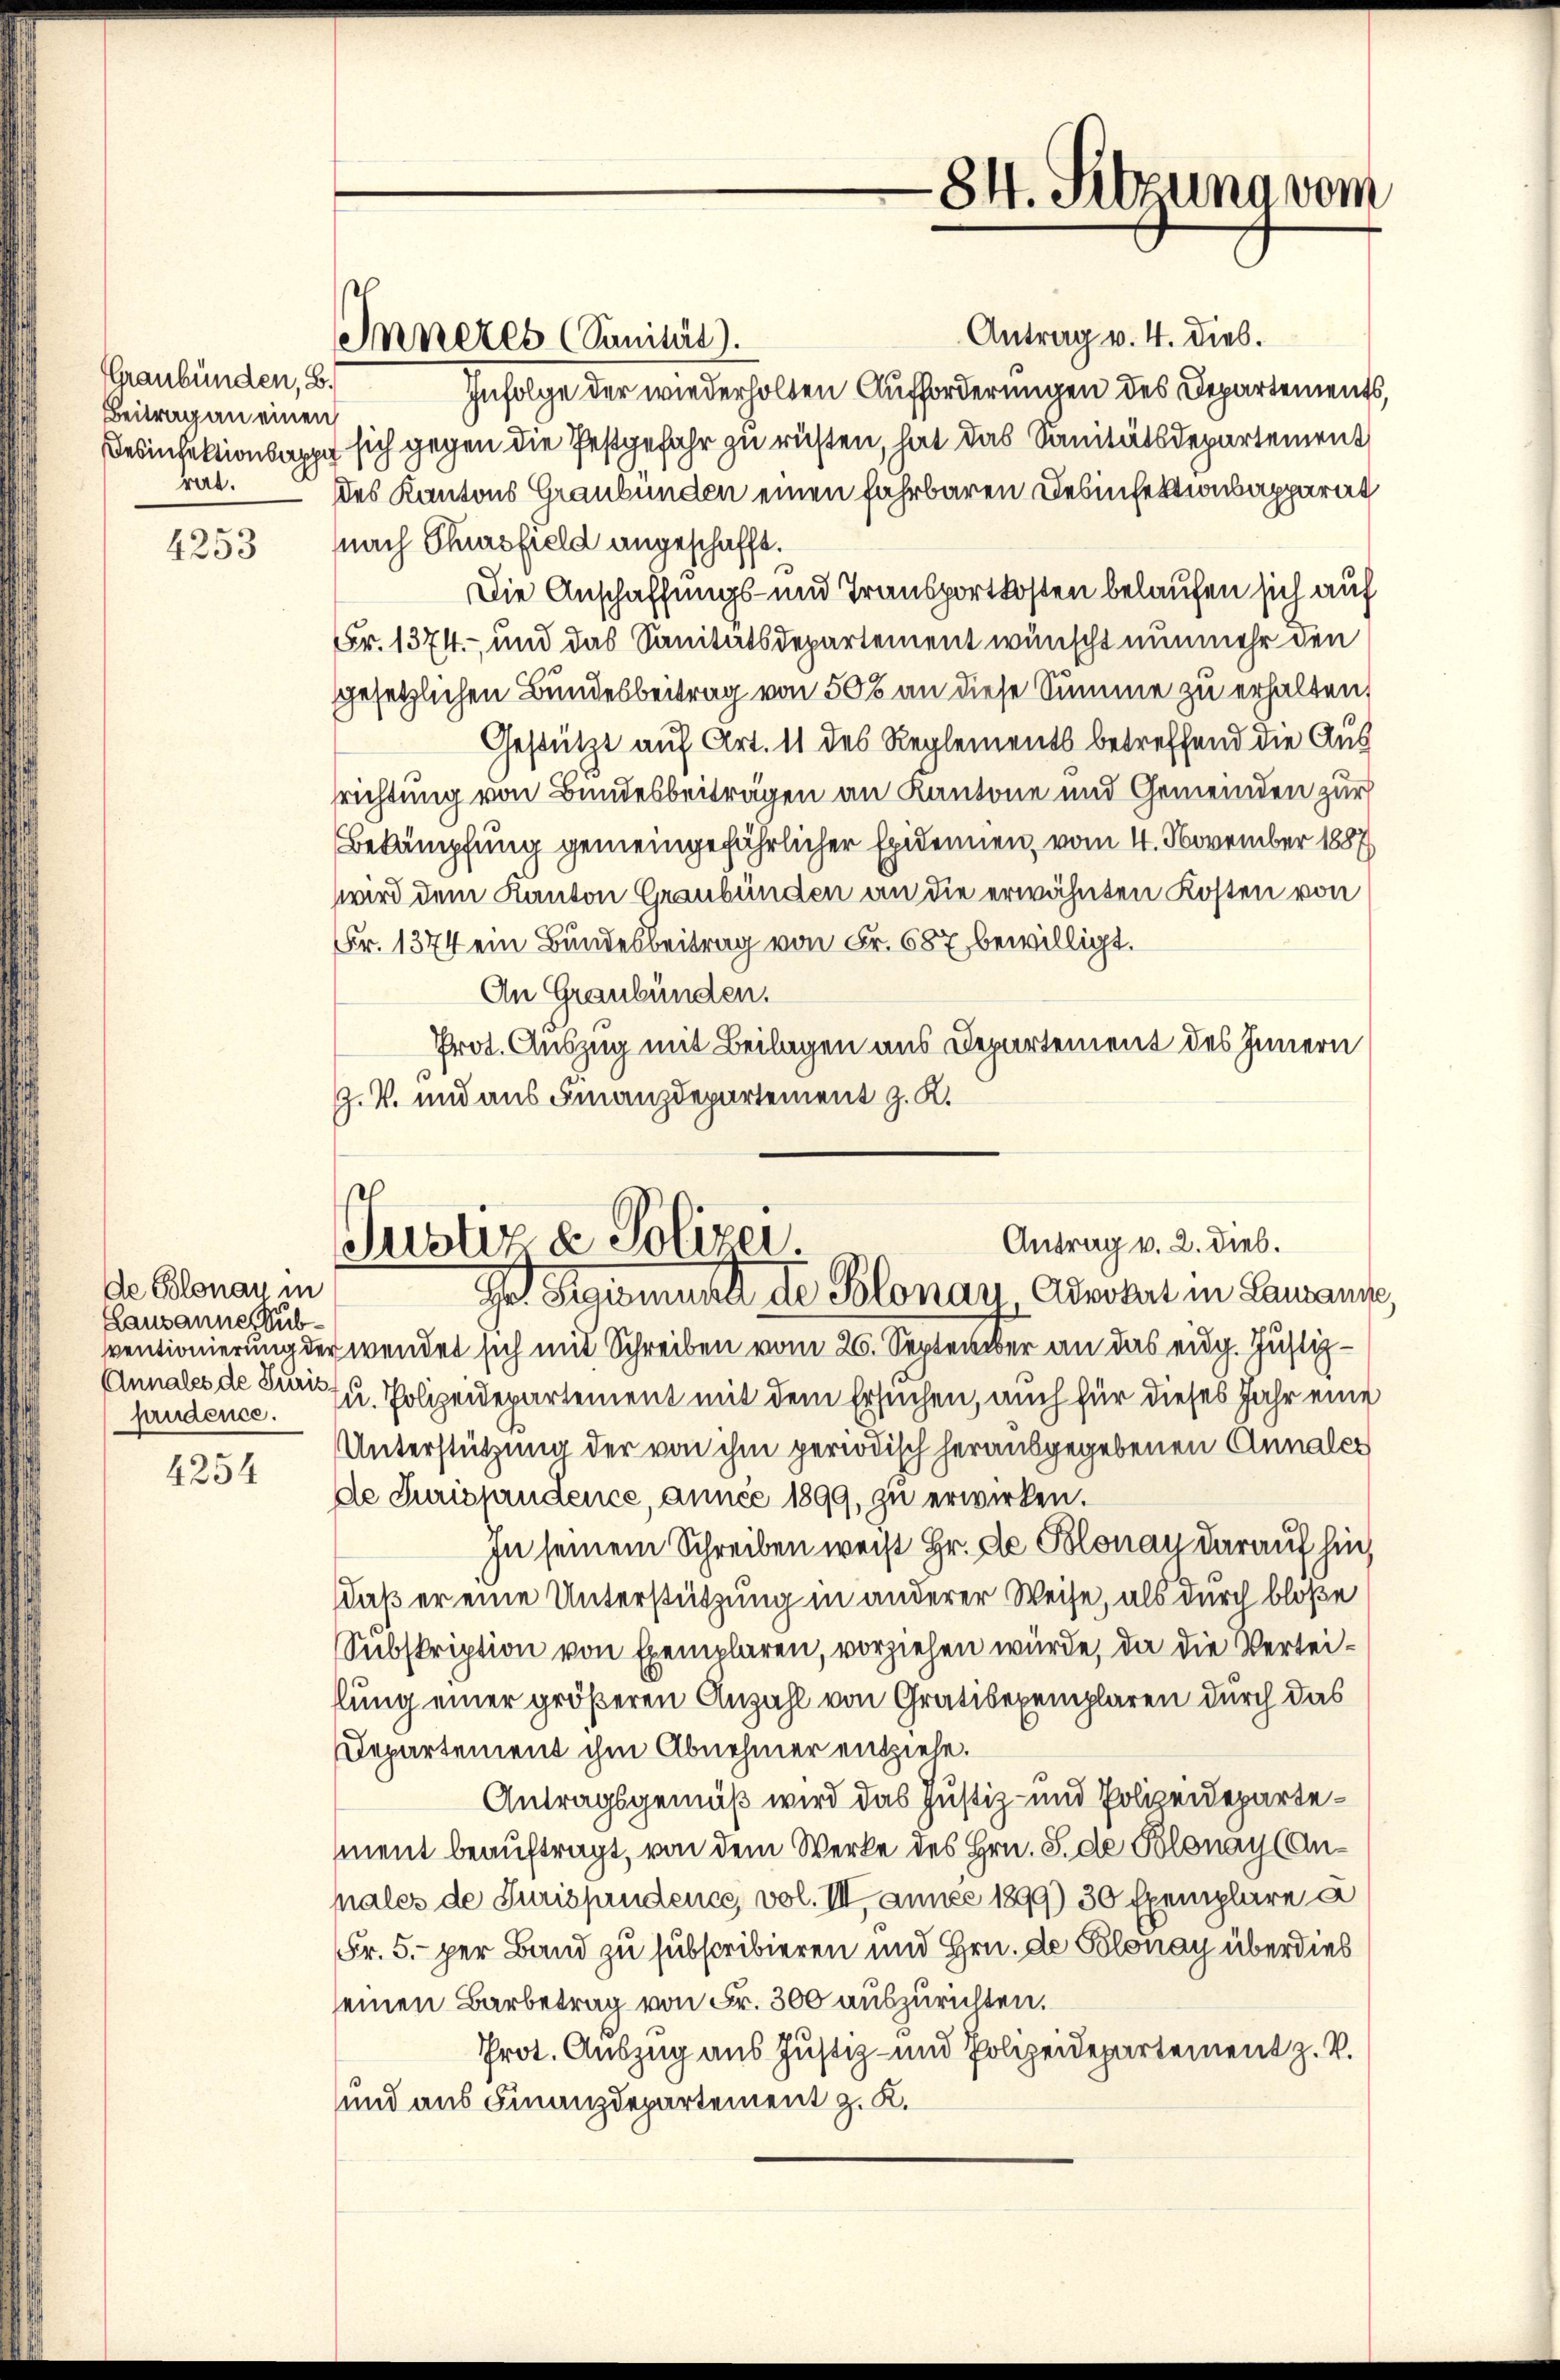
Graubünden, S.
Beitrag an einen
rert.

4253

4254

Antrag v. 4. Dieb.
Infolge der wiederholten Aufforderungen des Departements,
Desinfektionsappe sich gegen die Pestgefahr zu rüsten, hat das Sanitätsdepartement
des Kantons Graubünden einen fahrbaren Desinfektionsapparat
nach Chursfield angeschafft.
Die Anschaffungs- und Transportkosten belaufen sich auf
Fr. 1374.- und das Sanitätsdepartement wünscht nunmehr den
gesetzlichen Bundesbeitrag von 500 an diese Summe zu erhalten,
Gestützt auf Art. 11 des Reglements betreffend die Aussrichtung von Bundesbeiträgen an Kantone und Gemeinden zur
Bekämpfung gemeingefährlicher Epidenen, vom 4. November 1887
wird dem Kanton Graubünden an die erwähnten Kosten von
Fr. 1374 ein Bundesbeitrag von Fr. 687 bewilligt.
An Graubünden.
Prot. Auszug mit Beilagen aus Departement des Innern
Z. V. und aus Finanzdepartement z. K.

de Salonau in
Lausannes Sub¬
Annales de Juris
handence.

Inneres (Sanität).

Antrag v. 2. Dieb.
Justiz & Polizei.
Gr. Regiment de Polonar Gewohnt in Landans

84. Sitzung vom

ventionierung der wendet sich mit Schreiben vom 26. September an das eidg. Justizzu. Polizeidepartement mit dem Ersuchen, auch für dieses Jahr eine
Unterstützung der von ihm periodisch herausgegebenen Annaler
de Jurisprudence, année 1899, zu erwirken.
In seinem Schreiben weist Hr. De Polonay darauf hin,
daß er eine Unterstützung in anderer Weise, als durch bloße
Subskription von Exemplaren, vorziehen würde, da die Verteillung einer größeren Anzahl von Gratisexemplaren durch das
Departement ihm Abnehmer entziehe.
Antragsgemäß wird das Justiz- und Polizeidepartement beauftragt, von dem Werke des Hrn. S. de Polonay (Anpales de Jurisprudence, vol. III, annes 1899) 30 Exemplare a
Fr. 5. per Band zu subscribieren und Hrn. de Polonay überdies
seinen Barbetrag von Fr. 300 auszurichten.
Prot. Auszug aus Justiz- und Polizeidepartement z. B.
und aus Finanzdepartement z. K.